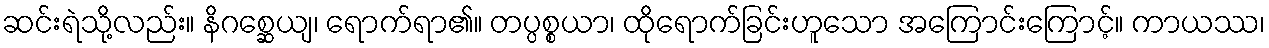
ဆင်းရဲသို့လည်း။ နိဂစ္ဆေယျ၊ ရောက်ရာ၏။ တပ္ပစ္စယာ၊ ထိုရောက်ခြင်းဟူသော အကြောင်းကြောင့်။ ကာယဿ၊